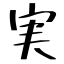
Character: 実